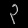
Digit: ၃